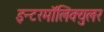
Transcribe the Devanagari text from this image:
इन्टरमॉलिक्युलर